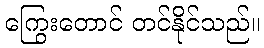
ကြွေးတောင် တင်နိုင်သည်။